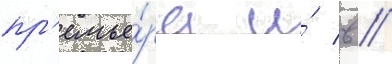
пр'емье́ра и́ в //